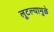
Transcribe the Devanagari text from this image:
लूटल्यामुळे